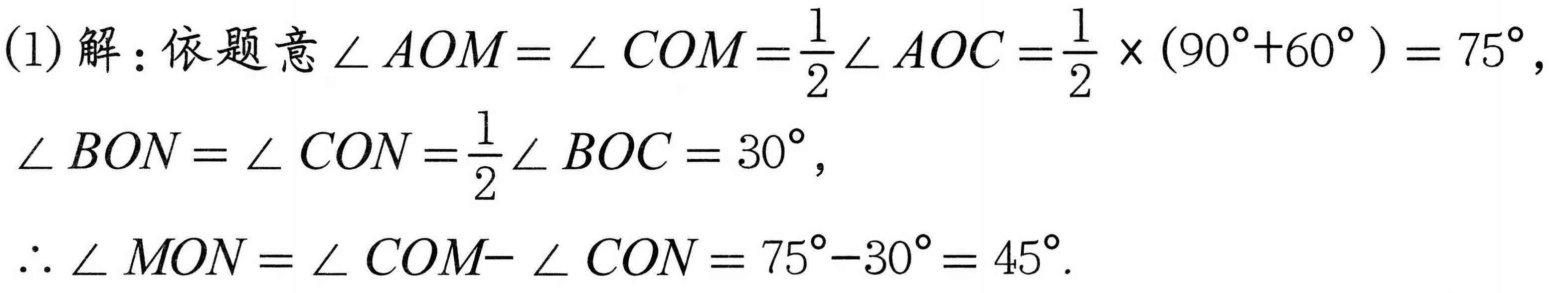
(1)解：依题意$\angle AOM=\angle COM=\frac{1}{2}\angle AOC=\frac{1}{2} \times (90^{\circ}+60^{\circ}) = 75^{\circ}$，
$\angle BON=\angle CON=\frac{1}{2}\angle BOC = 30^{\circ}$，
$\therefore \angle MON=\angle COM- \angle CON=75^{\circ}-30^{\circ}= 45^{\circ}$.